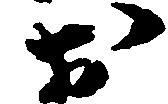
於